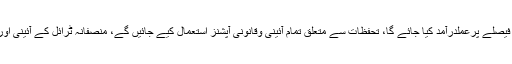
ترجمان کا کہنا ہے کہ تحفظات کے باوجود فیصلے پرعملدرآمد کیا جائے گا، تحفظات سے متعلق تمام آئینی وقانونی آپشنز استعمال کیے جائیں گے، منصفانہ ٹرائل کے آئینی اور قانونی تقاضے بری طرح پامال کیےگئے۔